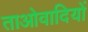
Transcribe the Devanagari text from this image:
ताओवादियों